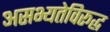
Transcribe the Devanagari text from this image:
असभ्यतेविरूद्ध